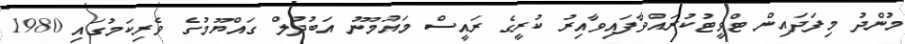
މުންދު މިފަދައިން ޓްވީޓުކުރައްވާފައިވާއިރު ކުރީގެ ރައީސް މައުމޫނު އަބުދުލް ގައްޔޫމުގެ ވެރިކަމުގައި 1980